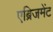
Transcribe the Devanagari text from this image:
एब्रिजमेंट